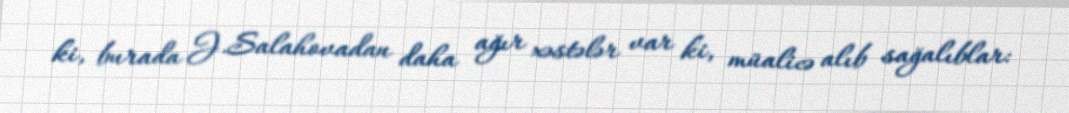
ki, burada J.Salahovadan daha ağır xəstələr var ki, müalicə alıb sağalıblar: